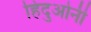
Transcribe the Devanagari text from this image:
हिंदुओनी